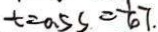
t = 0 . 5 s = \frac { 1 } { 6 } 7 .